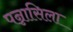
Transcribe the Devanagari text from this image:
पन्नासिला